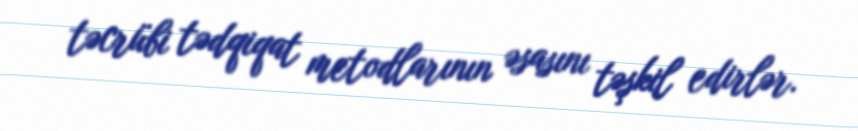
təcrübi tədqiqat metodlarının əsasını təşkil edirlər.